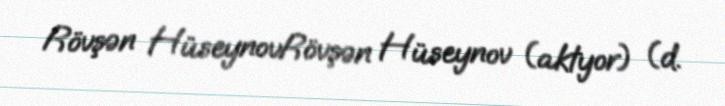
Rövşən HüseynovRövşən Hüseynov (aktyor) (d.